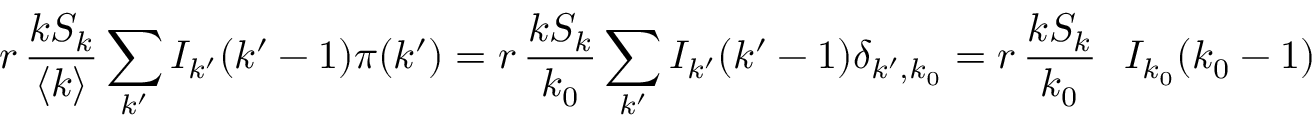
r \, \frac { k S _ { k } } { \langle k \rangle } \sum _ { k ^ { \prime } } I _ { k ^ { \prime } } ( k ^ { \prime } - 1 ) \pi ( k ^ { \prime } ) = r \, \frac { k S _ { k } } { k _ { 0 } } \sum _ { k ^ { \prime } } I _ { k ^ { \prime } } ( k ^ { \prime } - 1 ) \delta _ { k ^ { \prime } , k _ { 0 } } = r \, \frac { k S _ { k } } { k _ { 0 } } \ \ I _ { k _ { 0 } } ( k _ { 0 } - 1 )